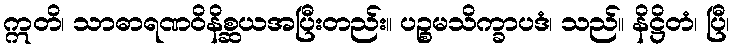
ဣတိ၊ သာဓာရဏဝိနိစ္ဆယအပြီးတည်း။ ပဉ္စမသိက္ခာပဒံ၊ သည်။ နိဋ္ဌိတံ၊ ပြီ၊